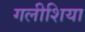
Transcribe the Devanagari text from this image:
गलीशिया